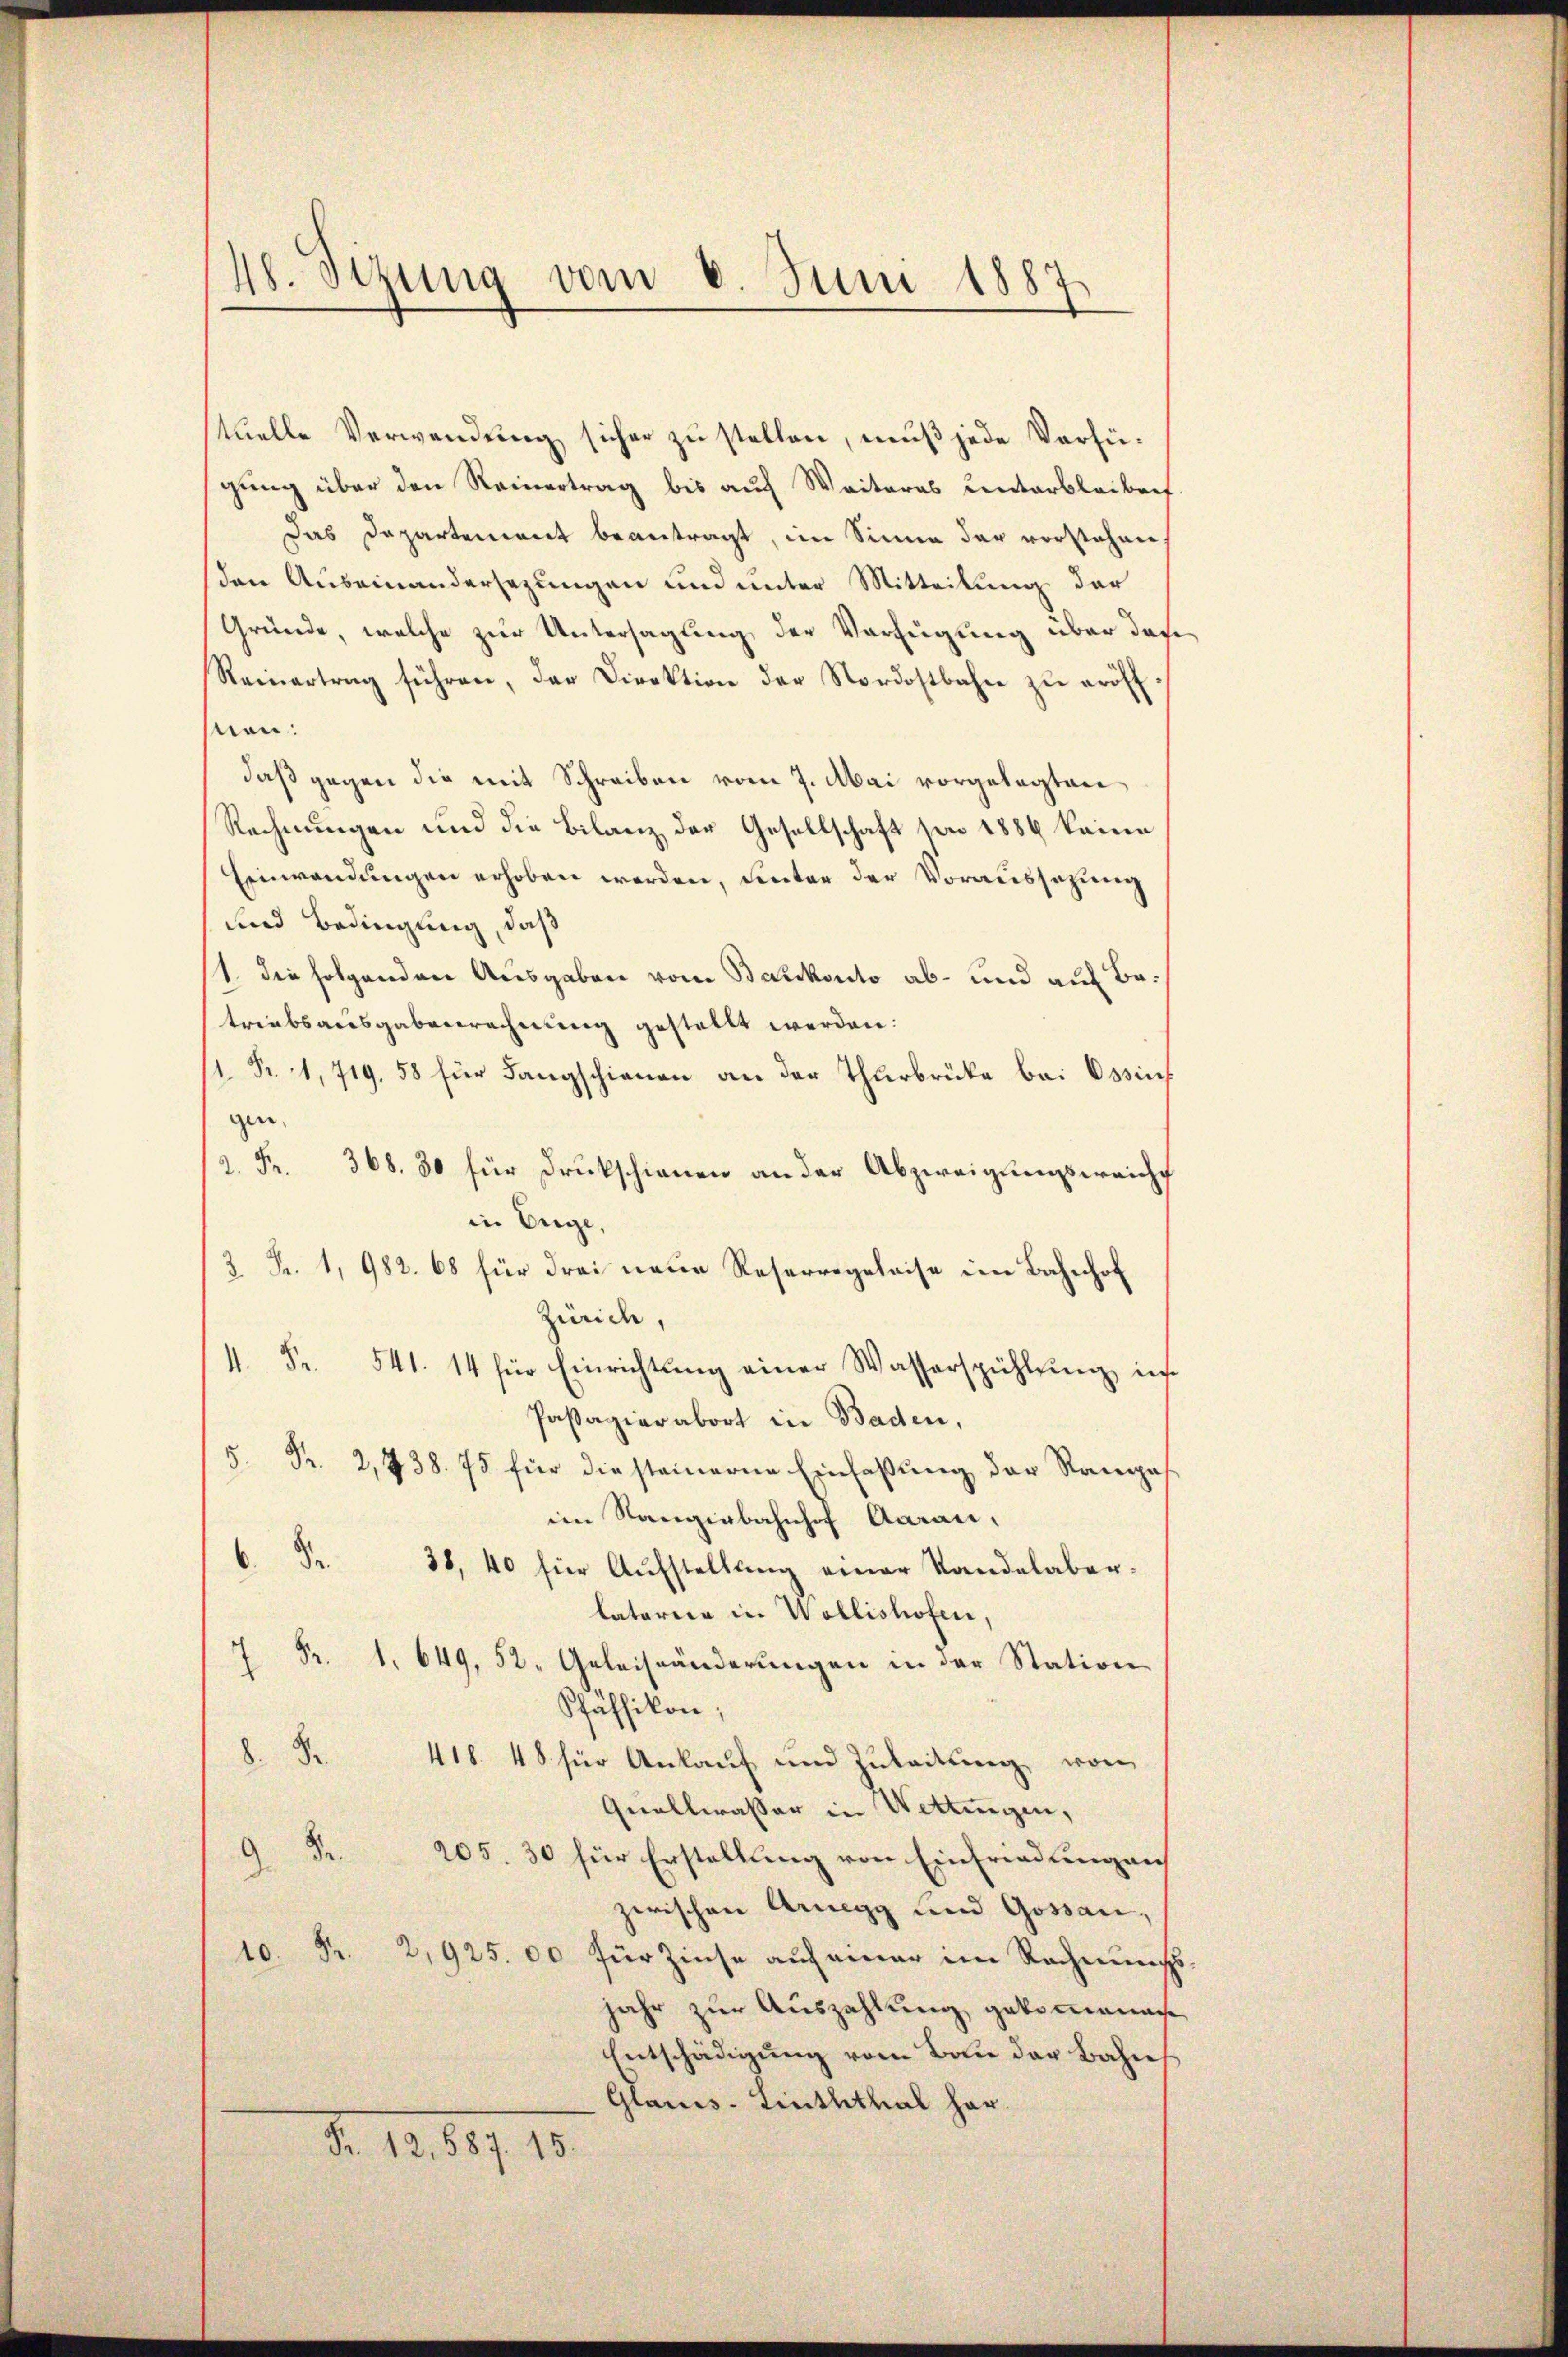
48. Sizung vom 6. Juni 1887.

tuelle Verwendung sicher zu stellen, muß jede Verfügung über den Reinertrag bis auf Weiteres Centerbleibert.
Das Departement beantragt, im Sinne der vorstehen
den Auseinandersezungen und unter Mitteilung der
Gründe, welche zur Untersagung der Verfügung über das
Reinertrag führen, der Direktion der Nordostbahn zŭ eröff
snen:
daß gegen die mit Schreiben vom 7. Mai vorgelegten
Rechnungen und die Bilanz der Gesellschaft per 1889 keine
Einwendungen erhoben werden, unter der Voraussetzung
und Bedingung, daß
1. die folgenden Ausgaben vom Backonto ab- und auf Betriebsausgabenrechnung gestellt werden:
/1. Fr. 11, 719. 58 für Langschienen an der Thurbrücke bei Ossin
gen,
/2. Fr. 368. 30 für Drukschienen an der Abzweigungsweichf
in Enge,
2 Fr. 1, 982. 68 für drei neue Reserregeleise im Bahnhof
Zürich,
4. Fr. 541. 14 für Einrichtung einer Wasserspühlung, in
Passagier abort in Baden,
5. Pr. 2, 738. 75 für die steinerne Einfassung der Rangeim Ranginbahnhof Aarau,
6 Fr. 38, 40 für Aŭfstellŭng einer Standelaber-
latorien in Wollishofen,
7 Fr. 1. 649, 52. Geleiständerungen in der Station
Pfäffikon,
8 Fr. 418. 48 für Ankauf und Zuleitung von
Quallwasser in Wettingen,
9 Fr. 205. 30 für Erstellung von Einfriedungen
zerischen Arnegg und Gossau,
 Pr. 2,925.00 für Zinse auf einer im Rechnungs
jahr zur Auszahlung gekommenach
Entschädigung vom Bau der Bahn
Glarus-Linththal herd. 1881, 15.